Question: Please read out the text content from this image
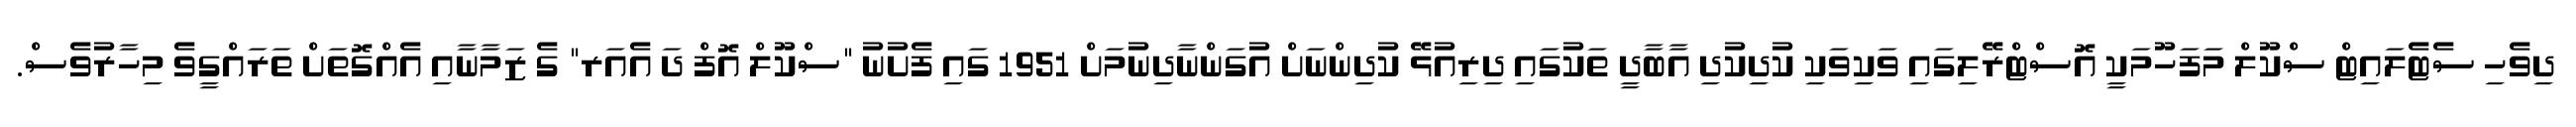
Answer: ދިވެހި ސެޓެލައިޓް ސްކޫލް މަފަހޫމަކީ އޮސްޓްރޭލިގައި ވަކިވަކި ކުދިކުދި އާބާދީ ތަކުގައި ދިރިއުޅޭ ކުދިންނަށް އުގަންނާދިނުމަށް 1951 ގައި ފެށުނު "ސްކޫލް އޮފް ދަ އެއަރ" ގެ ޒަމާނާއި އެއްގޮތަށް ތަރައްގީވެ މިހާރުވެސް.